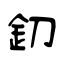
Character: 釖